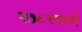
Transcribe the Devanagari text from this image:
१७८१मध्ये